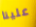
علينا